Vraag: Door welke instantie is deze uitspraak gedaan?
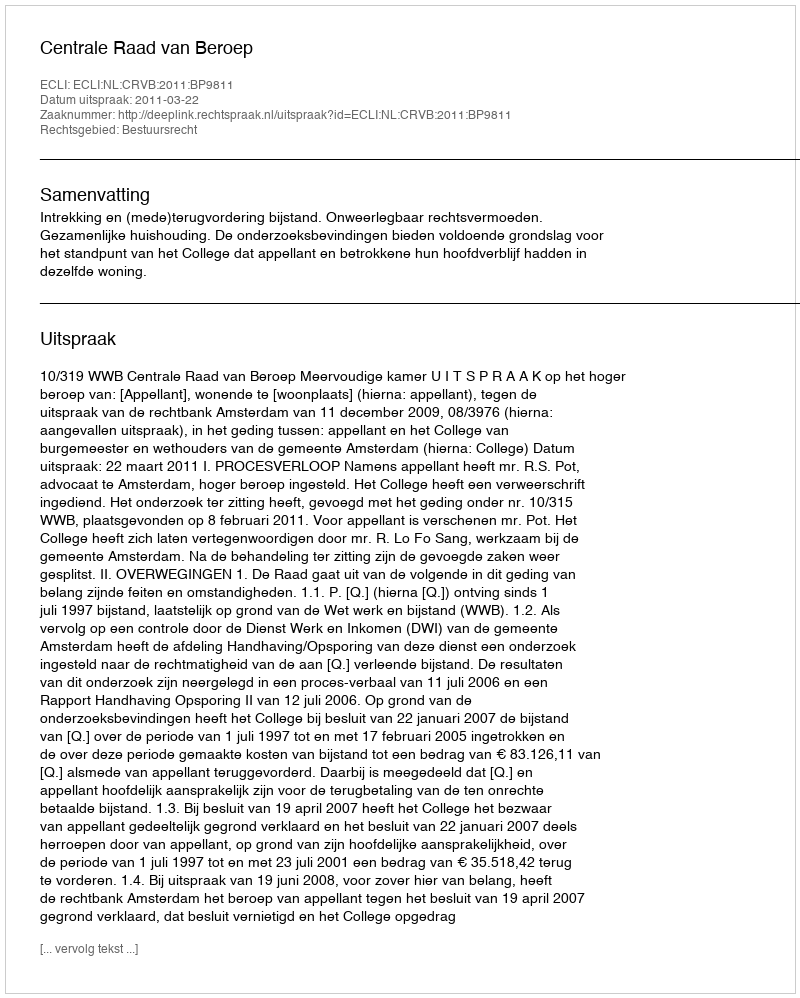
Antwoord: Centrale Raad van Beroep